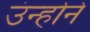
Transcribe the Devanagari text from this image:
उंन्होने